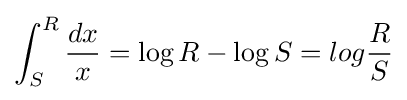
\int _{S}^{R}{\frac {dx}{x}}=\log R-\log S=log{\frac {R}{S}}